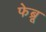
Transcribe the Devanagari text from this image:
फेब्रू